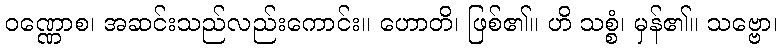
ဝဏ္ဏောစ၊ အဆင်းသည်လည်းကောင်း။ ဟောတိ၊ ဖြစ်၏။ ဟိ သစ္စံ၊ မှန်၏။ သဗ္ဗော၊